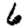
Digit: 6